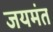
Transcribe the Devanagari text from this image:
जयमंत